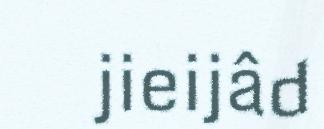
jieijâd